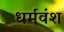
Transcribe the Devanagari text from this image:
धर्मवंश